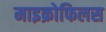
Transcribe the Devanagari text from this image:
माइक्रोफिलस